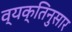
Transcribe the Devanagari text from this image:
व्यक्तिनुसार